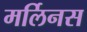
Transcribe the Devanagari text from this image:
मर्लिनस